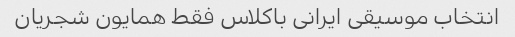
انتخاب موسیقی ایرانی باکلاس فقط همایون شجریان